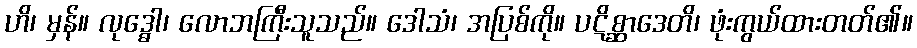
ဟိ၊ မှန်။ လုဒ္ဓေါ၊ လောဘကြီးသူသည်။ ဒေါသံ၊ အပြစ်ကို။ ပဋိစ္ဆာဒေတိ၊ ဖုံးကွယ်ထားတတ်၏။